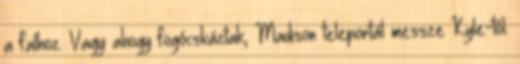
a falhoz. Vagy ahogy fogócskáztak, Madison teleportál messze Kyle-tól.